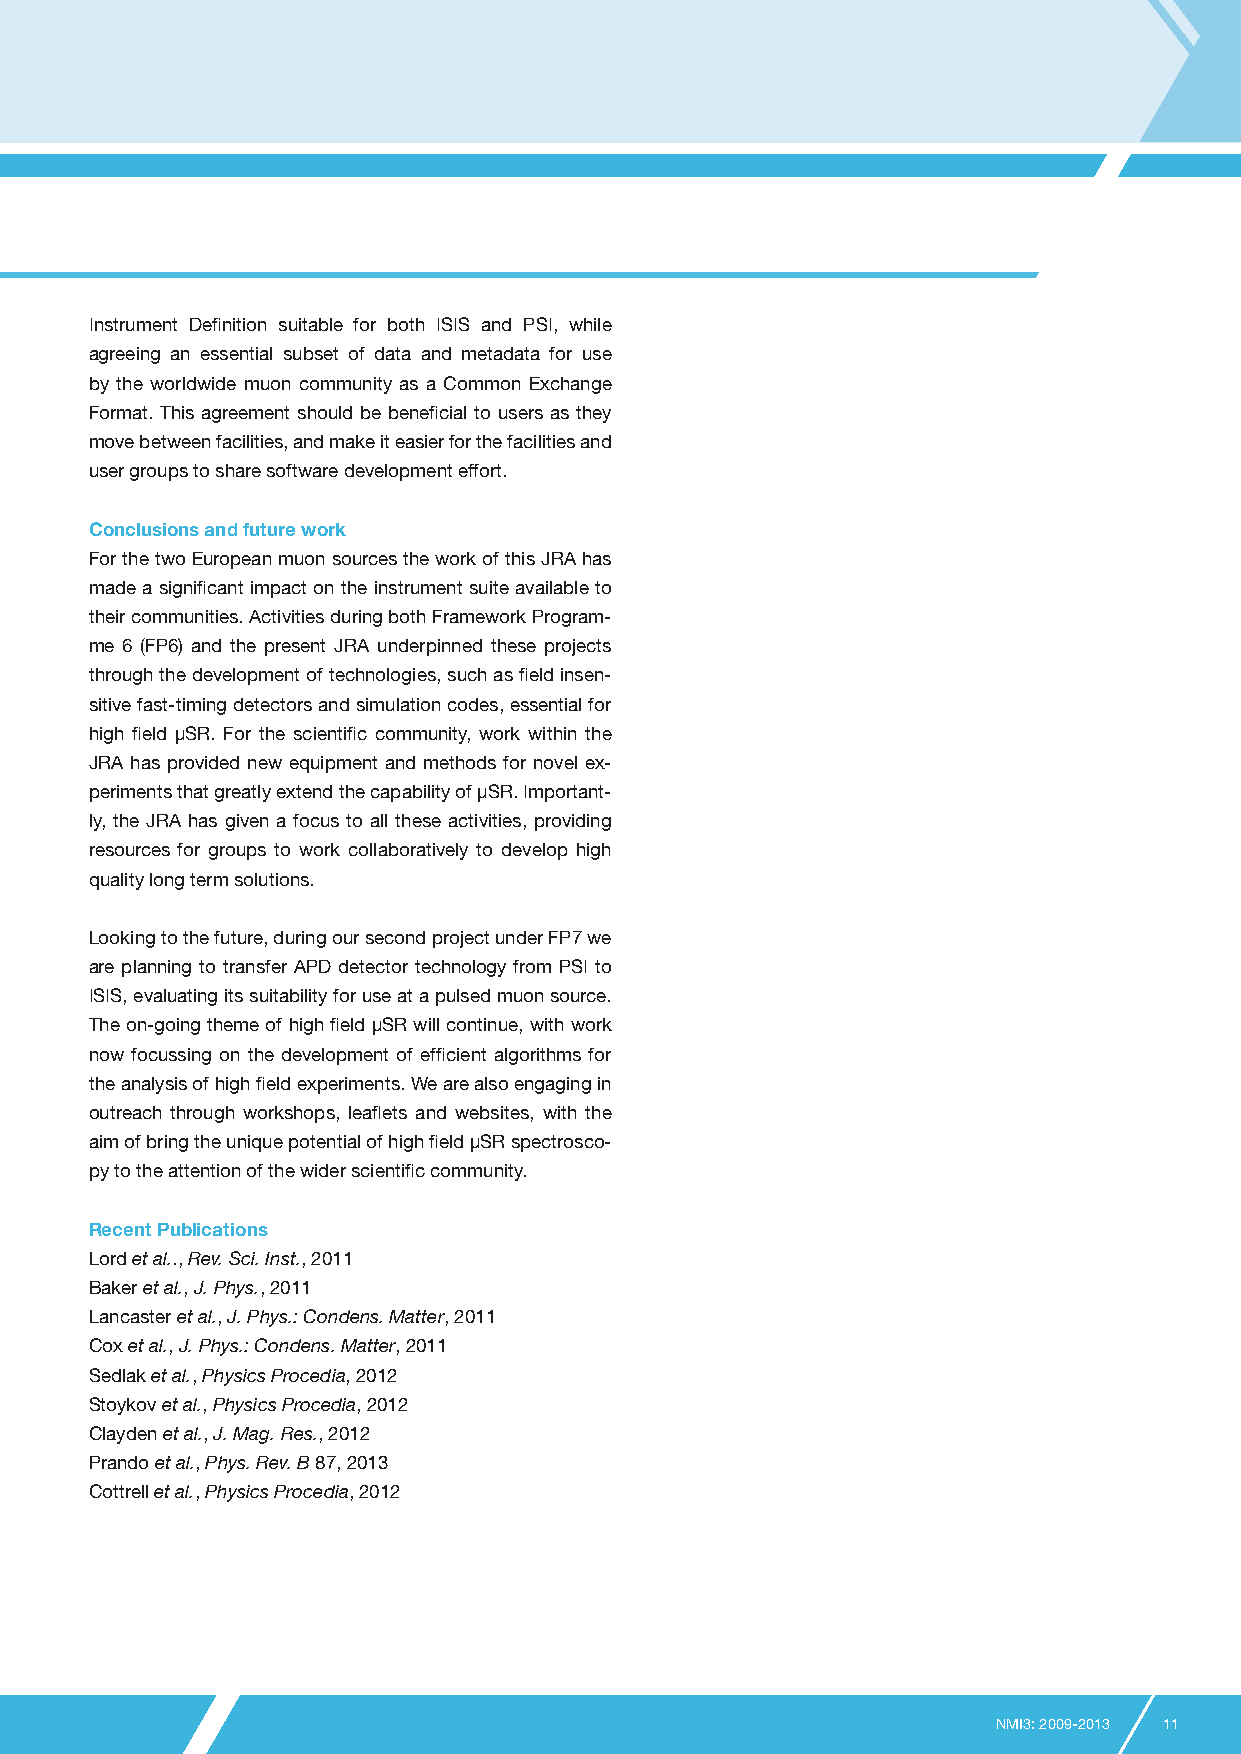
Instrument Definition suitable for both ISIS and PSI, while
 agreeing an essential subset of data and metadata for use
 by the worldwide muon community as a Common Exchange
 Format. This agreement should be beneficial to users as they
 move between facilities, and make it easier for the facilities and
 user groups to share software development effort.
 Conclusions and future work
 For the two European muon sources the work of this JRA has
 made a significant impact on the instrument suite available to
 their communities. Activities during both Framework Program-
 me 6 (FP6) and the present JRA underpinned these projects
 through the development of technologies, such as field insen-
 sitive fast-timing detectors and simulation codes, essential for
 high field µSR. For the scientific community, work within the
 JRA has provided new equipment and methods for novel ex-
 periments that greatly extend the capability of μSR. Important-
 ly, the JRA has given a focus to all these activities, providing
 resources for groups to work collaboratively to develop high
 quality long term solutions.
 Looking to the future, during our second project under FP7 we
 are planning to transfer APD detector technology from PSI to
 ISIS, evaluating its suitability for use at a pulsed muon source.
 The on-going theme of high field μSR will continue, with work
 now focussing on the development of efficient algorithms for
 the analysis of high field experiments. We are also engaging in
 outreach through workshops, leaflets and websites, with the
 aim of bring the unique potential of high field μSR spectrosco-
 py to the attention of the wider scientific community.
 Recent Publications
 Lord et al.., Rev. Sci. Inst., 2011
 Baker et al., J. Phys., 2011
 Lancaster et al., J. Phys.: Condens. Matter, 2011
 Cox et al., J. Phys.: Condens. Matter, 2011
 Sedlak et al., Physics Procedia, 2012
 Stoykov et al., Physics Procedia, 2012
 Clayden et al., J. Mag. Res., 2012
 Prando et al., Phys. Rev. B 87, 2013
 Cottrell et al., Physics Procedia, 2012
 NMI3: 2009-2013 11